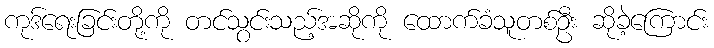
ကုဒ်ရေးခြင်းတို့ကို တင်သွင်းသည့်အဆိုကို ထောက်ခံသူတစ်ဦး ဆိုခဲ့ကြောင်း